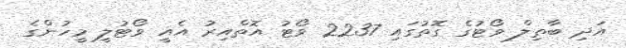
އަދި ބާތިލް ވޯޓުގެ ގޮތުގައި 2237 ވޯޓު އޮތްއިރު އެއީ ވޯޓުލީ މީހުންގެ